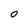
Character: O